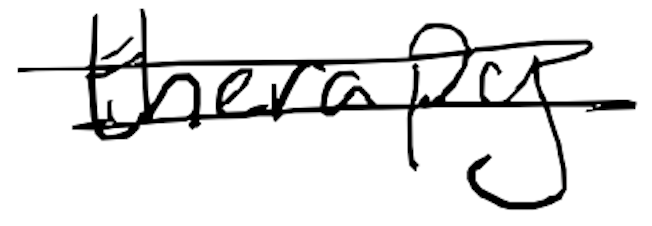
Text: therapy
Cross-out: mix
Writing tool: digital_black